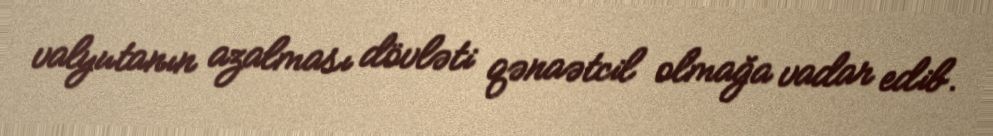
valyutanın azalması dövləti qənaətcil olmağa vadar edib.